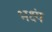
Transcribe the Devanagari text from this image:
भक्ष्यं